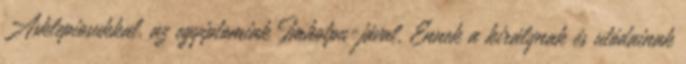
Asklepiosukkal, az egyiptomiak Imhotpu-jával. Ennek a királynak és utódainak